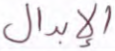
الإبدال